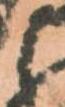
と